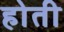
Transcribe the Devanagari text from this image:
हाेती